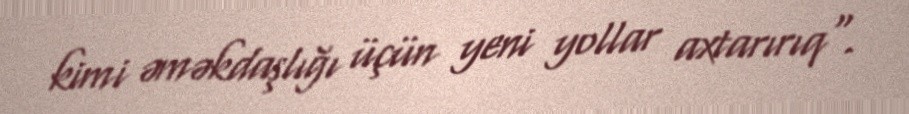
kimi əməkdaşlığı üçün yeni yollar axtarırıq".